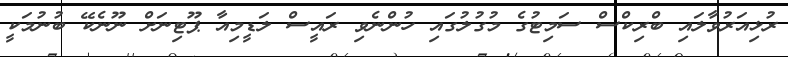
ރުޅިއަރުވާލައި ބްރިކްސް ސަމިޓުގެ މުގުލުގައި ހުންނެވި ރައީސް ލަޑީމިއާ ޕޫޓިނަށް ނޫނެކޭ ބުނުމަކީ